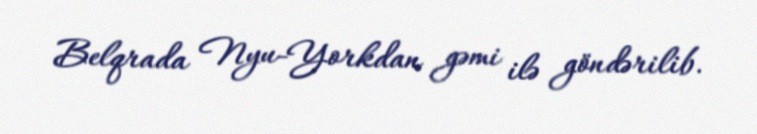
Belqrada Nyu-Yorkdan gəmi ilə göndərilib.